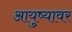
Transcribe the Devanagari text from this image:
आयुष्‍यावर